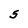
Character: 5